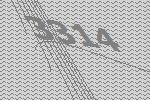
3314